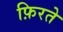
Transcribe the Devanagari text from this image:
फ़िरते